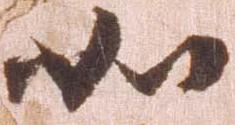
如